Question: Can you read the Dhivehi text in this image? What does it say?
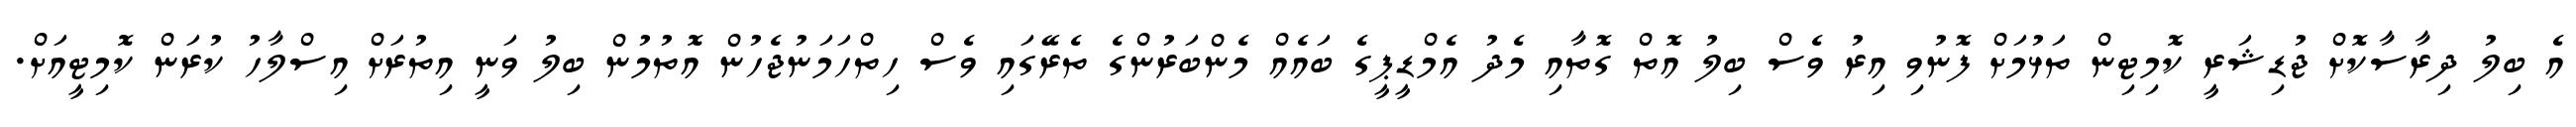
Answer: އެ ބިލު ދިރާސާކޮށް ޖުޑިޝަރީ ކޮމިޓިން ތަޅުމަށް ފޮނުވި އިރު ވެސް ބިލު އޮތް ގޮތާއި މެދު އެމްޑީޕީގެ ބައެއް މެންބަރުންގެ ތެރޭގައި ވެސް ހިތްހަމަނުޖެހުން އޮތުމުން ބިލު ވަނީ އިތުރަށް އިސްލާހު ކުރަން ކޮމިޓީއަށް.